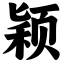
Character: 颖